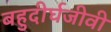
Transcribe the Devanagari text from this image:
बहुदीर्घजीवी